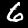
Digit: 6